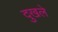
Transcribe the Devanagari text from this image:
दुखले